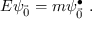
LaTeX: E \psi _ { \vec { 0 } } = m \psi _ { \vec { 0 } } ^ { \bullet } ~ .